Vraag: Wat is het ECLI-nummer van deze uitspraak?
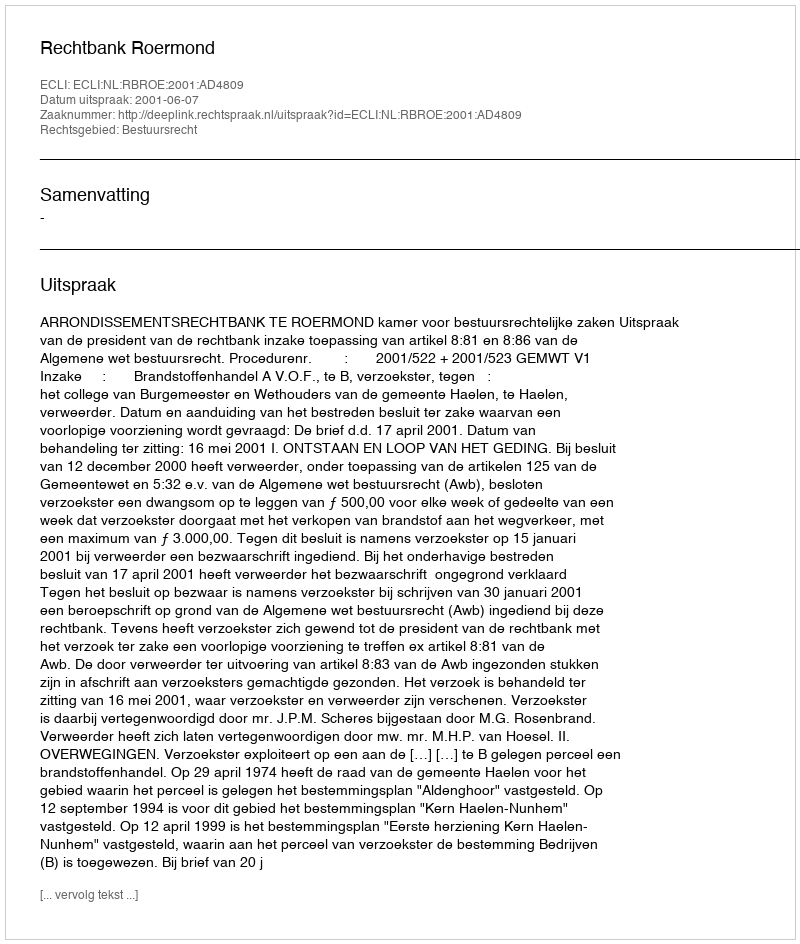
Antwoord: ECLI:NL:RBROE:2001:AD4809